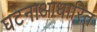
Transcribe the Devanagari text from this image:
घटनाआधारित